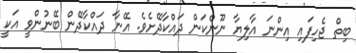
ބިތް ޖެހިފައި އިންނަ އާލިޔާ ނޫންކަން ދައްކާދޭށެވެ. އޭނާ ދައްކާދޭން ބޭނުންވީ އަކީ